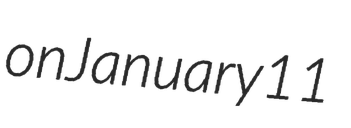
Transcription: on January 11